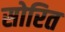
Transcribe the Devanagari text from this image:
सोरित